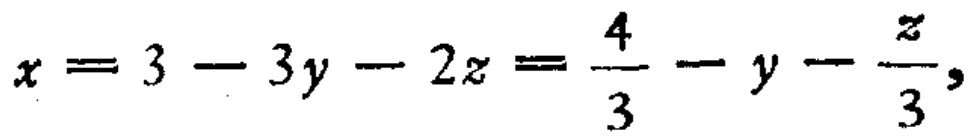
$x = 3 - 3y - 2z = \frac{4}{3} - y - \frac{z}{3},$